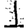
Digit: 1